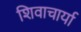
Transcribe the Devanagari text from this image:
शिवाचार्या